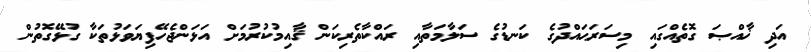
އަދި ޚާއްޞަ ގޮތެއްގައި މިސަރަޙައްދުގެ ކަނޑުގެ ސަލާމަތާއި ރައްކާތެރިކަން ޤާއިމުކުރުމަށް އަޅަންޖެހޭފިޔަވަޅުތަކާ ގުޅޭގޮތުން